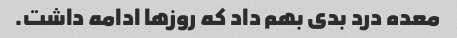
معده درد بدی بهم داد که روز‌ها ادامه داشت.